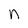
Character: n